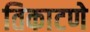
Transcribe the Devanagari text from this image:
तिकाटणे